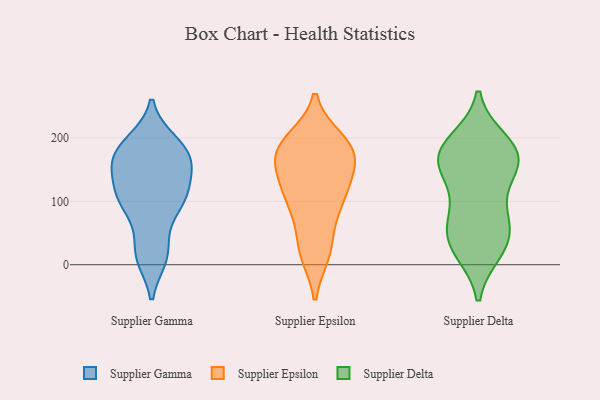
{"axis": {"x": "Temperature (°C)", "y": "Value"}, "legend": ["Supplier Delta", "Supplier Epsilon", "Supplier Gamma"], "data": [{"x": "", "y": 181, "type": "Supplier Gamma"}, {"x": "", "y": 118, "type": "Supplier Gamma"}, {"x": "", "y": 152, "type": "Supplier Gamma"}, {"x": "", "y": 155, "type": "Supplier Gamma"}, {"x": "", "y": 89, "type": "Supplier Gamma"}, {"x": "", "y": 101, "type": "Supplier Gamma"}, {"x": "", "y": 100, "type": "Supplier Gamma"}, {"x": "", "y": 10, "type": "Supplier Gamma"}, {"x": "", "y": 161, "type": "Supplier Gamma"}, {"x": "", "y": 163, "type": "Supplier Gamma"}, {"x": "", "y": 41, "type": "Supplier Gamma"}, {"x": "", "y": 196, "type": "Supplier Gamma"}, {"x": "", "y": 193, "type": "Supplier Gamma"}, {"x": "", "y": 112, "type": "Supplier Gamma"}, {"x": "", "y": 10, "type": "Supplier Gamma"}, {"x": "", "y": 192, "type": "Supplier Epsilon"}, {"x": "", "y": 113, "type": "Supplier Epsilon"}, {"x": "", "y": 101, "type": "Supplier Epsilon"}, {"x": "", "y": 89, "type": "Supplier Epsilon"}, {"x": "", "y": 184, "type": "Supplier Epsilon"}, {"x": "", "y": 164, "type": "Supplier Epsilon"}, {"x": "", "y": 118, "type": "Supplier Epsilon"}, {"x": "", "y": 187, "type": "Supplier Epsilon"}, {"x": "", "y": 21, "type": "Supplier Epsilon"}, {"x": "", "y": 178, "type": "Supplier Epsilon"}, {"x": "", "y": 150, "type": "Supplier Epsilon"}, {"x": "", "y": 23, "type": "Supplier Epsilon"}, {"x": "", "y": 197, "type": "Supplier Epsilon"}, {"x": "", "y": 71, "type": "Supplier Epsilon"}, {"x": "", "y": 183, "type": "Supplier Epsilon"}, {"x": "", "y": 126, "type": "Supplier Epsilon"}, {"x": "", "y": 18, "type": "Supplier Epsilon"}, {"x": "", "y": 153, "type": "Supplier Epsilon"}, {"x": "", "y": 124, "type": "Supplier Delta"}, {"x": "", "y": 195, "type": "Supplier Delta"}, {"x": "", "y": 45, "type": "Supplier Delta"}, {"x": "", "y": 24, "type": "Supplier Delta"}, {"x": "", "y": 32, "type": "Supplier Delta"}, {"x": "", "y": 152, "type": "Supplier Delta"}, {"x": "", "y": 171, "type": "Supplier Delta"}, {"x": "", "y": 168, "type": "Supplier Delta"}, {"x": "", "y": 177, "type": "Supplier Delta"}, {"x": "", "y": 170, "type": "Supplier Delta"}, {"x": "", "y": 70, "type": "Supplier Delta"}, {"x": "", "y": 77, "type": "Supplier Delta"}, {"x": "", "y": 192, "type": "Supplier Delta"}, {"x": "", "y": 68, "type": "Supplier Delta"}, {"x": "", "y": 22, "type": "Supplier Delta"}, {"x": "", "y": 150, "type": "Supplier Delta"}]}